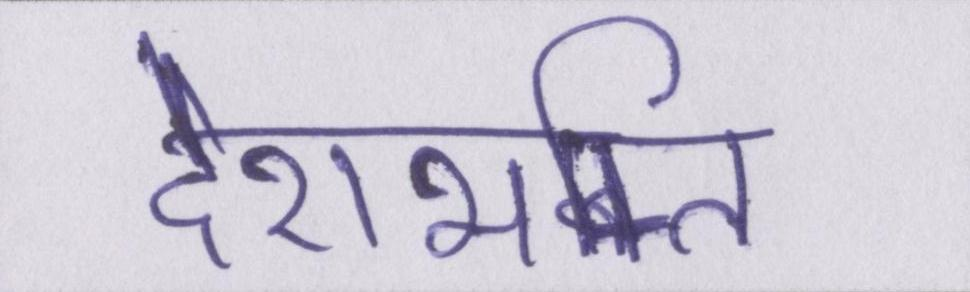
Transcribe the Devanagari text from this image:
देशभक्ति